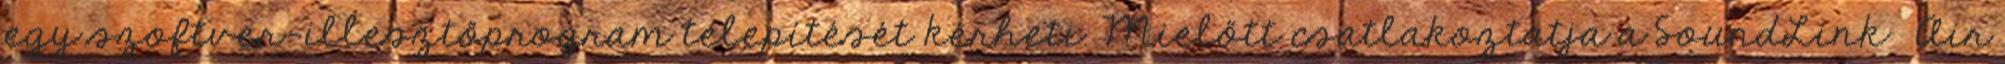
egy szoftver-illesztőprogram telepítését kérheti. Mielőtt csatlakoztatja a SoundLink® Air